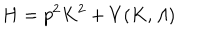
H = p ^ { 2 } K ^ { 2 } + V ( K , { \mit \Lambda } )